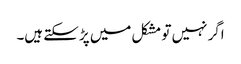
اگر نہیں تو مشکل میں پڑ سکتے ہیں۔